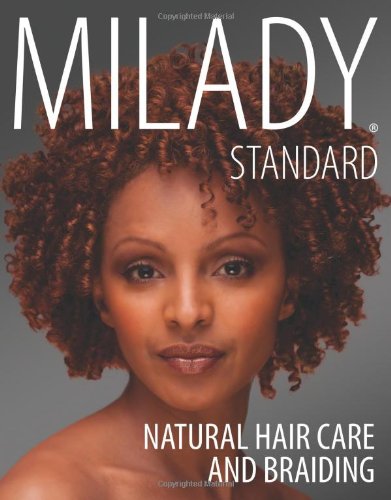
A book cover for Milady Standard Natural Hair Care & Braiding; Diane Carol Bailey; Health, Fitness & Dieting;